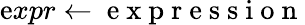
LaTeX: \mathrm{e}xpr\gets\mathrm{{~\mathrm{e}~x~p~r~\mathrm{e}~s~s~i~o~n~}}